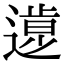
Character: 𨖸